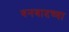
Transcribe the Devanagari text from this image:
धनबादच्या